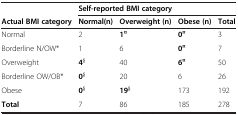
<table><thead><tr><td><b> </b></td><td colspan="4"><b>Self-reported BMI category</b></td></tr><tr><td><b>Actual BMI category</b></td><td><b>Normal(n)</b></td><td><b>Overweight (n)</b></td><td><b>Obese (n)</b></td><td><b>Total</b></td></tr></thead><tbody><tr><td>Normal</td><td>2</td><td><b>1</b><sup><b>¤</b></sup></td><td><b>0</b><sup><b>¤</b></sup></td><td>3</td></tr><tr><td>Borderline N/OW*</td><td>1</td><td>6</td><td><b>0</b><sup><b>¤</b></sup></td><td>7</td></tr><tr><td>Overweight</td><td><b>4</b><sup><b>§</b></sup></td><td>40</td><td><b>6</b><sup><b>¤</b></sup></td><td>50</td></tr><tr><td>Borderline OW/OB*</td><td><b>0</b><sup><b>§</b></sup></td><td>20</td><td>6</td><td>26</td></tr><tr><td>Obese</td><td><b>0</b><sup><b>§</b></sup></td><td><b>19</b><sup><b>§</b></sup></td><td>173</td><td>192</td></tr><tr><td><b>Total</b></td><td>7</td><td>86</td><td>185</td><td>278</td></tr></tbody></table>